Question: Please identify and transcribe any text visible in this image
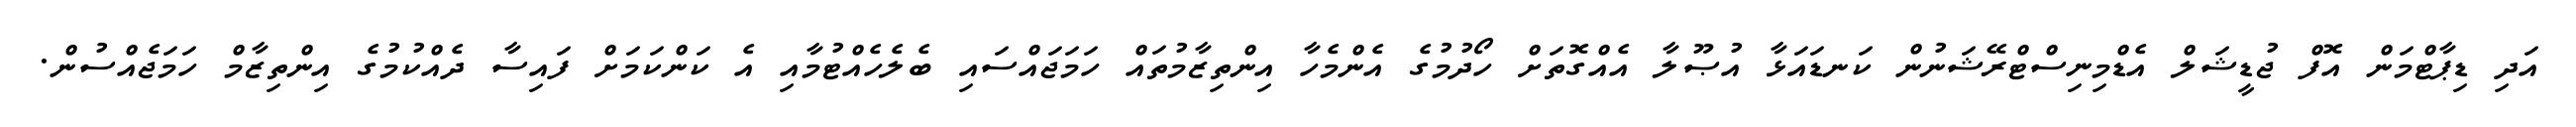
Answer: އަދި ޑިޕާޓްމަން އޮފް ޖުޑީޝަލް އެޑްމިނިސްޓްރޭޝަނުން ކަނޑައަޅާ އުޞޫލާ އެއްގޮތަށް ހޯދުމުގެ އެންމެހާ އިންތިޒާމުތައް ހަމަޖައްސައި ބެލެހެއްޓުމާއި އެ ކަންކަމަށް ފައިސާ ދެއްކުމުގެ އިންތިޒާމް ހަމަޖެއްސުން.